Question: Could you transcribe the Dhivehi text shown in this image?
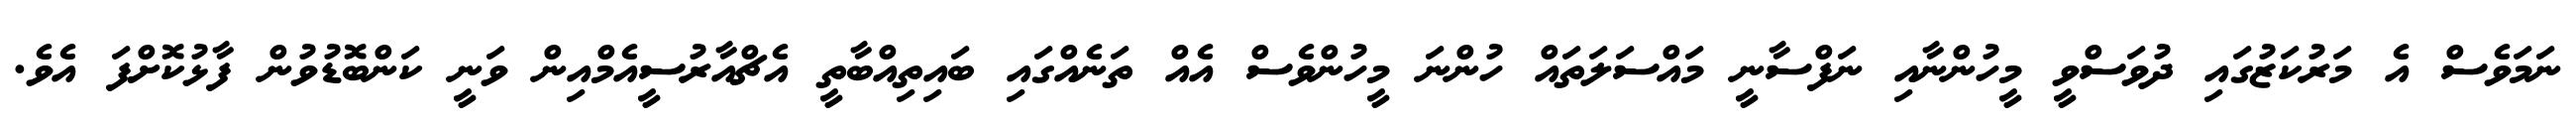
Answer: ނަމަވެސް އެ މަރުކަޒުގައި ދުވަސްވީ މީހުންނާއި ނަފްސާނީ މައްސަލަތައް ހުންނަ މީހުންވެސް އެއް ތަނެއްގައި ބައިތިއްބާތީ އެޗްއާރުސީއެމްއިން ވަނީ ކަންބޮޑުވުން ފާޅުކޮށްފަ އެވެ.